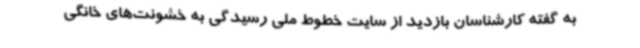
به گفته کارشناسان بازدید از سایت خطوط ملی رسیدگی به خشونت‌های خانگی